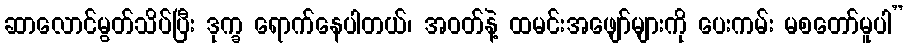
ဆာလောင်မွတ်သိပ်ပြီး ဒုက္ခ ရောက်နေပါတယ်၊ အဝတ်နဲ့ ထမင်းအဖျော်များကို ပေးကမ်း မစတော်မူပါ”